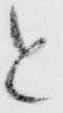
と